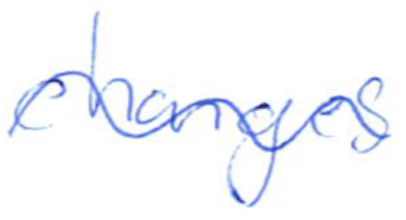
Text: changes
Cross-out: wave
Writing tool: ballpoint